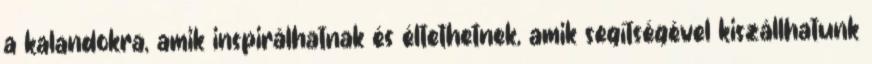
a kalandokra, amik inspirálhatnak és éltethetnek, amik segítségével kiszállhatunk